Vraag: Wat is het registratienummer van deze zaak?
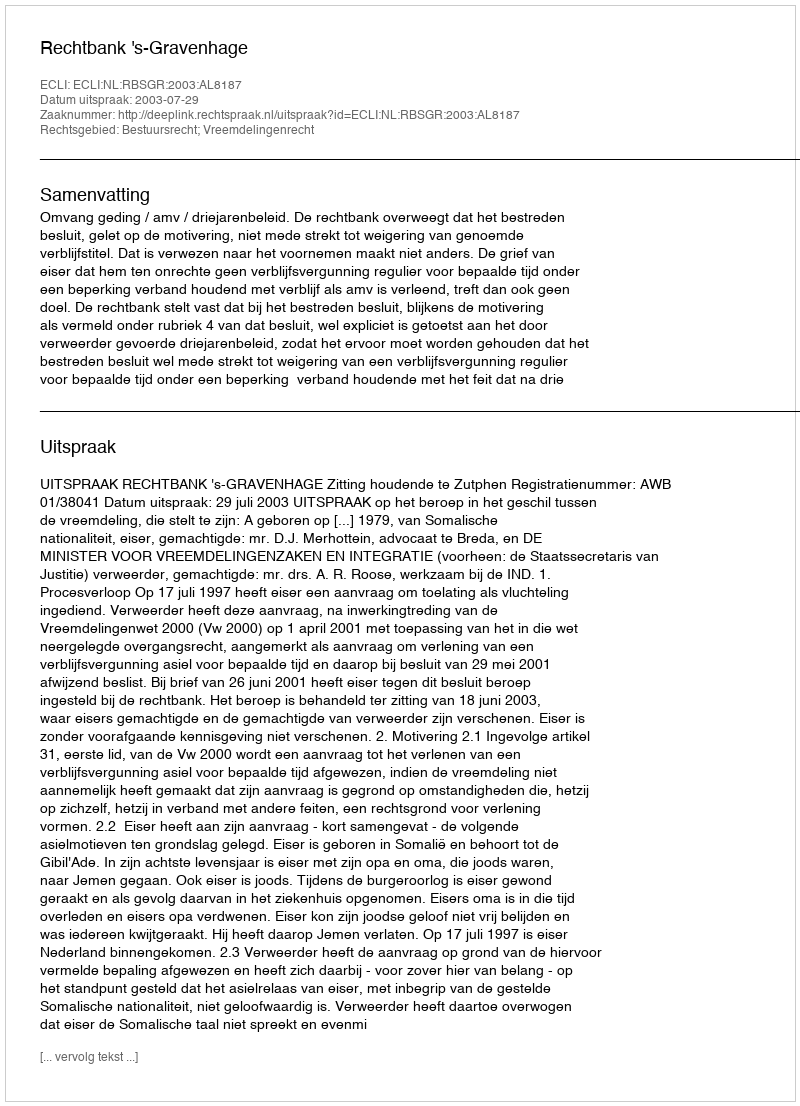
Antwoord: http://deeplink.rechtspraak.nl/uitspraak?id=ECLI:NL:RBSGR:2003:AL8187